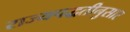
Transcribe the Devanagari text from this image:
राज्यपद्धतीनुसार